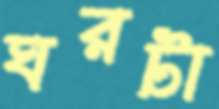
ঘরটা